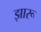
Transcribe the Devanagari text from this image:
झारू